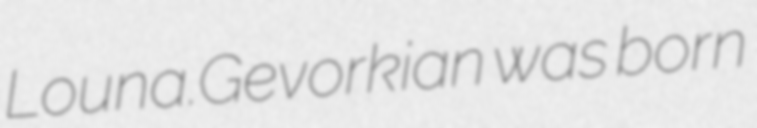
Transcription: Louna.Gevorkian was born